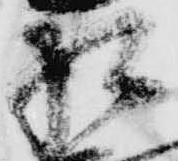
相